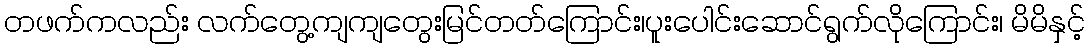
တဖက်ကလည်း လက်တွေ့ကျကျတွေးမြင်တတ်ကြောင်း၊ပူးပေါင်းဆောင်ရွက်လိုကြောင်း၊ မိမိနှင့်